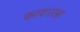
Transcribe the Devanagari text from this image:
कादरला